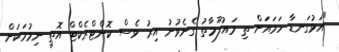
"އަޅުގަނޑާ ހަމައަށް ތި މައުލޫމާތު ގެނެވުނު އިރު ވެސް ކޮންޓްރެކްޓް އޮތީ ނިމުމަކަށް